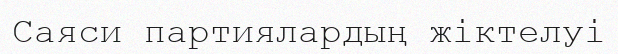
Саяси партиялардың жіктелуі